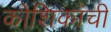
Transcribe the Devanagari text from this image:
कोशिकांची